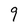
Character: 9